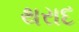
થરાદ